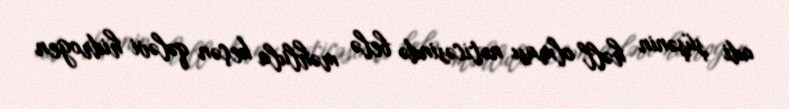
adi şüşənin həll olması nəticəsində belə məhlula keçən qələvi hidrogen